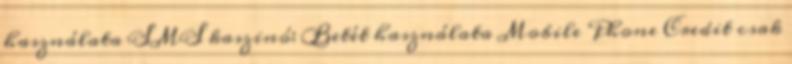
használata SMS kaszinó: Betét használata Mobile Phone Credit csak